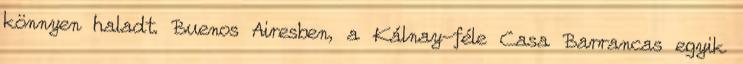
könnyen haladt. Buenos Airesben, a Kálnay-féle Casa Barrancas egyik